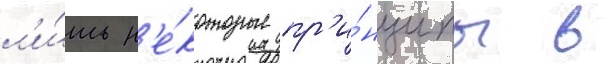
л'и́шь н'е́которые пр'и́нципы в